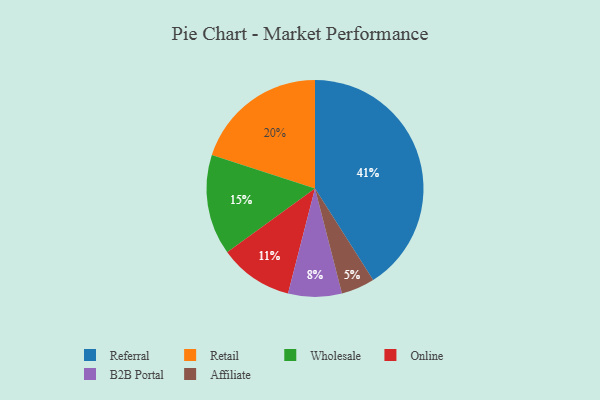
{"axis": {"x": "Category", "y": "Percentage"}, "legend": ["Affiliate", "B2B Portal", "Online", "Referral", "Retail", "Wholesale"], "data": [{"x": "Online", "y": 11, "type": "Online"}, {"x": "Wholesale", "y": 15, "type": "Wholesale"}, {"x": "Referral", "y": 41, "type": "Referral"}, {"x": "Retail", "y": 20, "type": "Retail"}, {"x": "B2B Portal", "y": 8, "type": "B2B Portal"}, {"x": "Affiliate", "y": 5, "type": "Affiliate"}]}